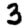
Digit: 3